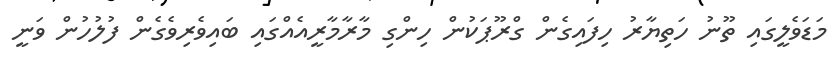
މަޑަވެލީގައި ތޫނު ހަތިޔާރު ހިފައިގެން ގްރޫޕަކުން ހިންގި މާރާމާރީއެއްގައި ބައިވެރިވެގެން ފުލުހުން ވަނީ